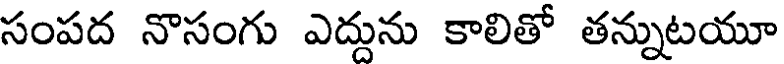
సంపద నొసంగు ఎద్దును కాలితో తన్నుటయూ